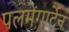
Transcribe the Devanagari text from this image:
पलमेंगार्टेन